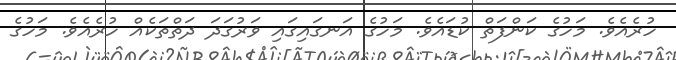
ހުރެއެވެ. މަހުގެ ކަންފަތް ކުޑައެވެ. މަހުގެ އަނގައިގައި ވަރުގަދަ ދަތްތަކެއް ހުރެއެވެ. މަހުގެ